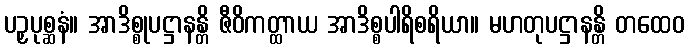
ပဉှပုစ္ဆနံ။ အာဒိစ္စုပဋ္ဌာနန္တိ ဇီဝိကတ္ထာယ အာဒိစ္စပါရိစရိယာ။ မဟတုပဋ္ဌာနန္တိ တထေဝ